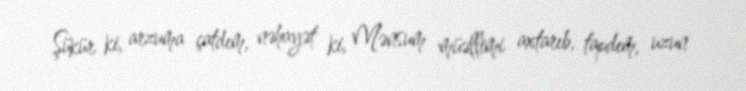
Şükür ki, arzuma çatdım, nəhayət ki, Mənsum müəllimi axtarıb, tapdım, uzun